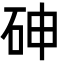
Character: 砷